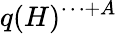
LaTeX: q(H)^{\cdots+A}